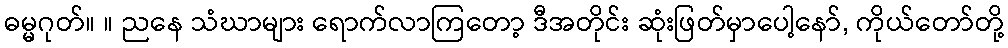
ဓမ္မဂုတ်။ ။ ညနေ သံဃာများ ရောက်လာကြတော့ ဒီအတိုင်း ဆုံးဖြတ်မှာပေါ့နော်, ကိုယ်တော်တို့